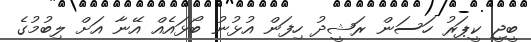
ބީޖީ ކީޕަރު ހަސަން ރަޝީދު ހިފަން އުޅުނު ބޯޅައެއް އޭނާ އަށް ލިބުމުގެ